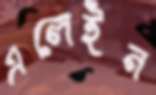
এলেইন